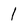
Character: 1